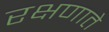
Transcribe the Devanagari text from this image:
रक्षणाते